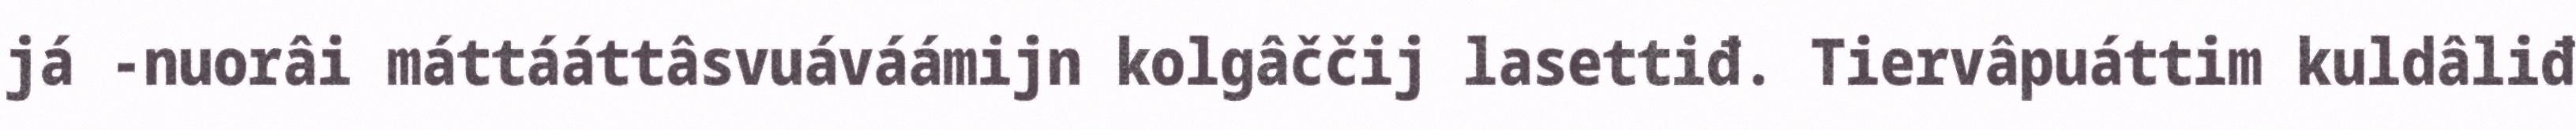
já -nuorâi máttááttâsvuáváámijn kolgâččij lasettiđ. Tiervâpuáttim kuldâliđ